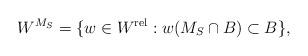
LaTeX: \begin{align*}W^{M_S}=\{w \in W^{\mathrm{rel}}: w(M_S \cap B) \subset B \},\end{align*}